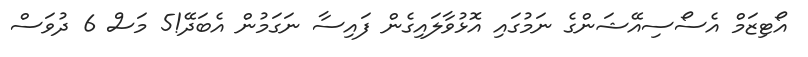
އޯޓިޒަމް އެސޯސިއޭޝަންގެ ނަމުގައި އޮޅުވާލައިގެން ފައިސާ ނަގަމުން އެބަދޭ!5 މަސް 6 ދުވަސް